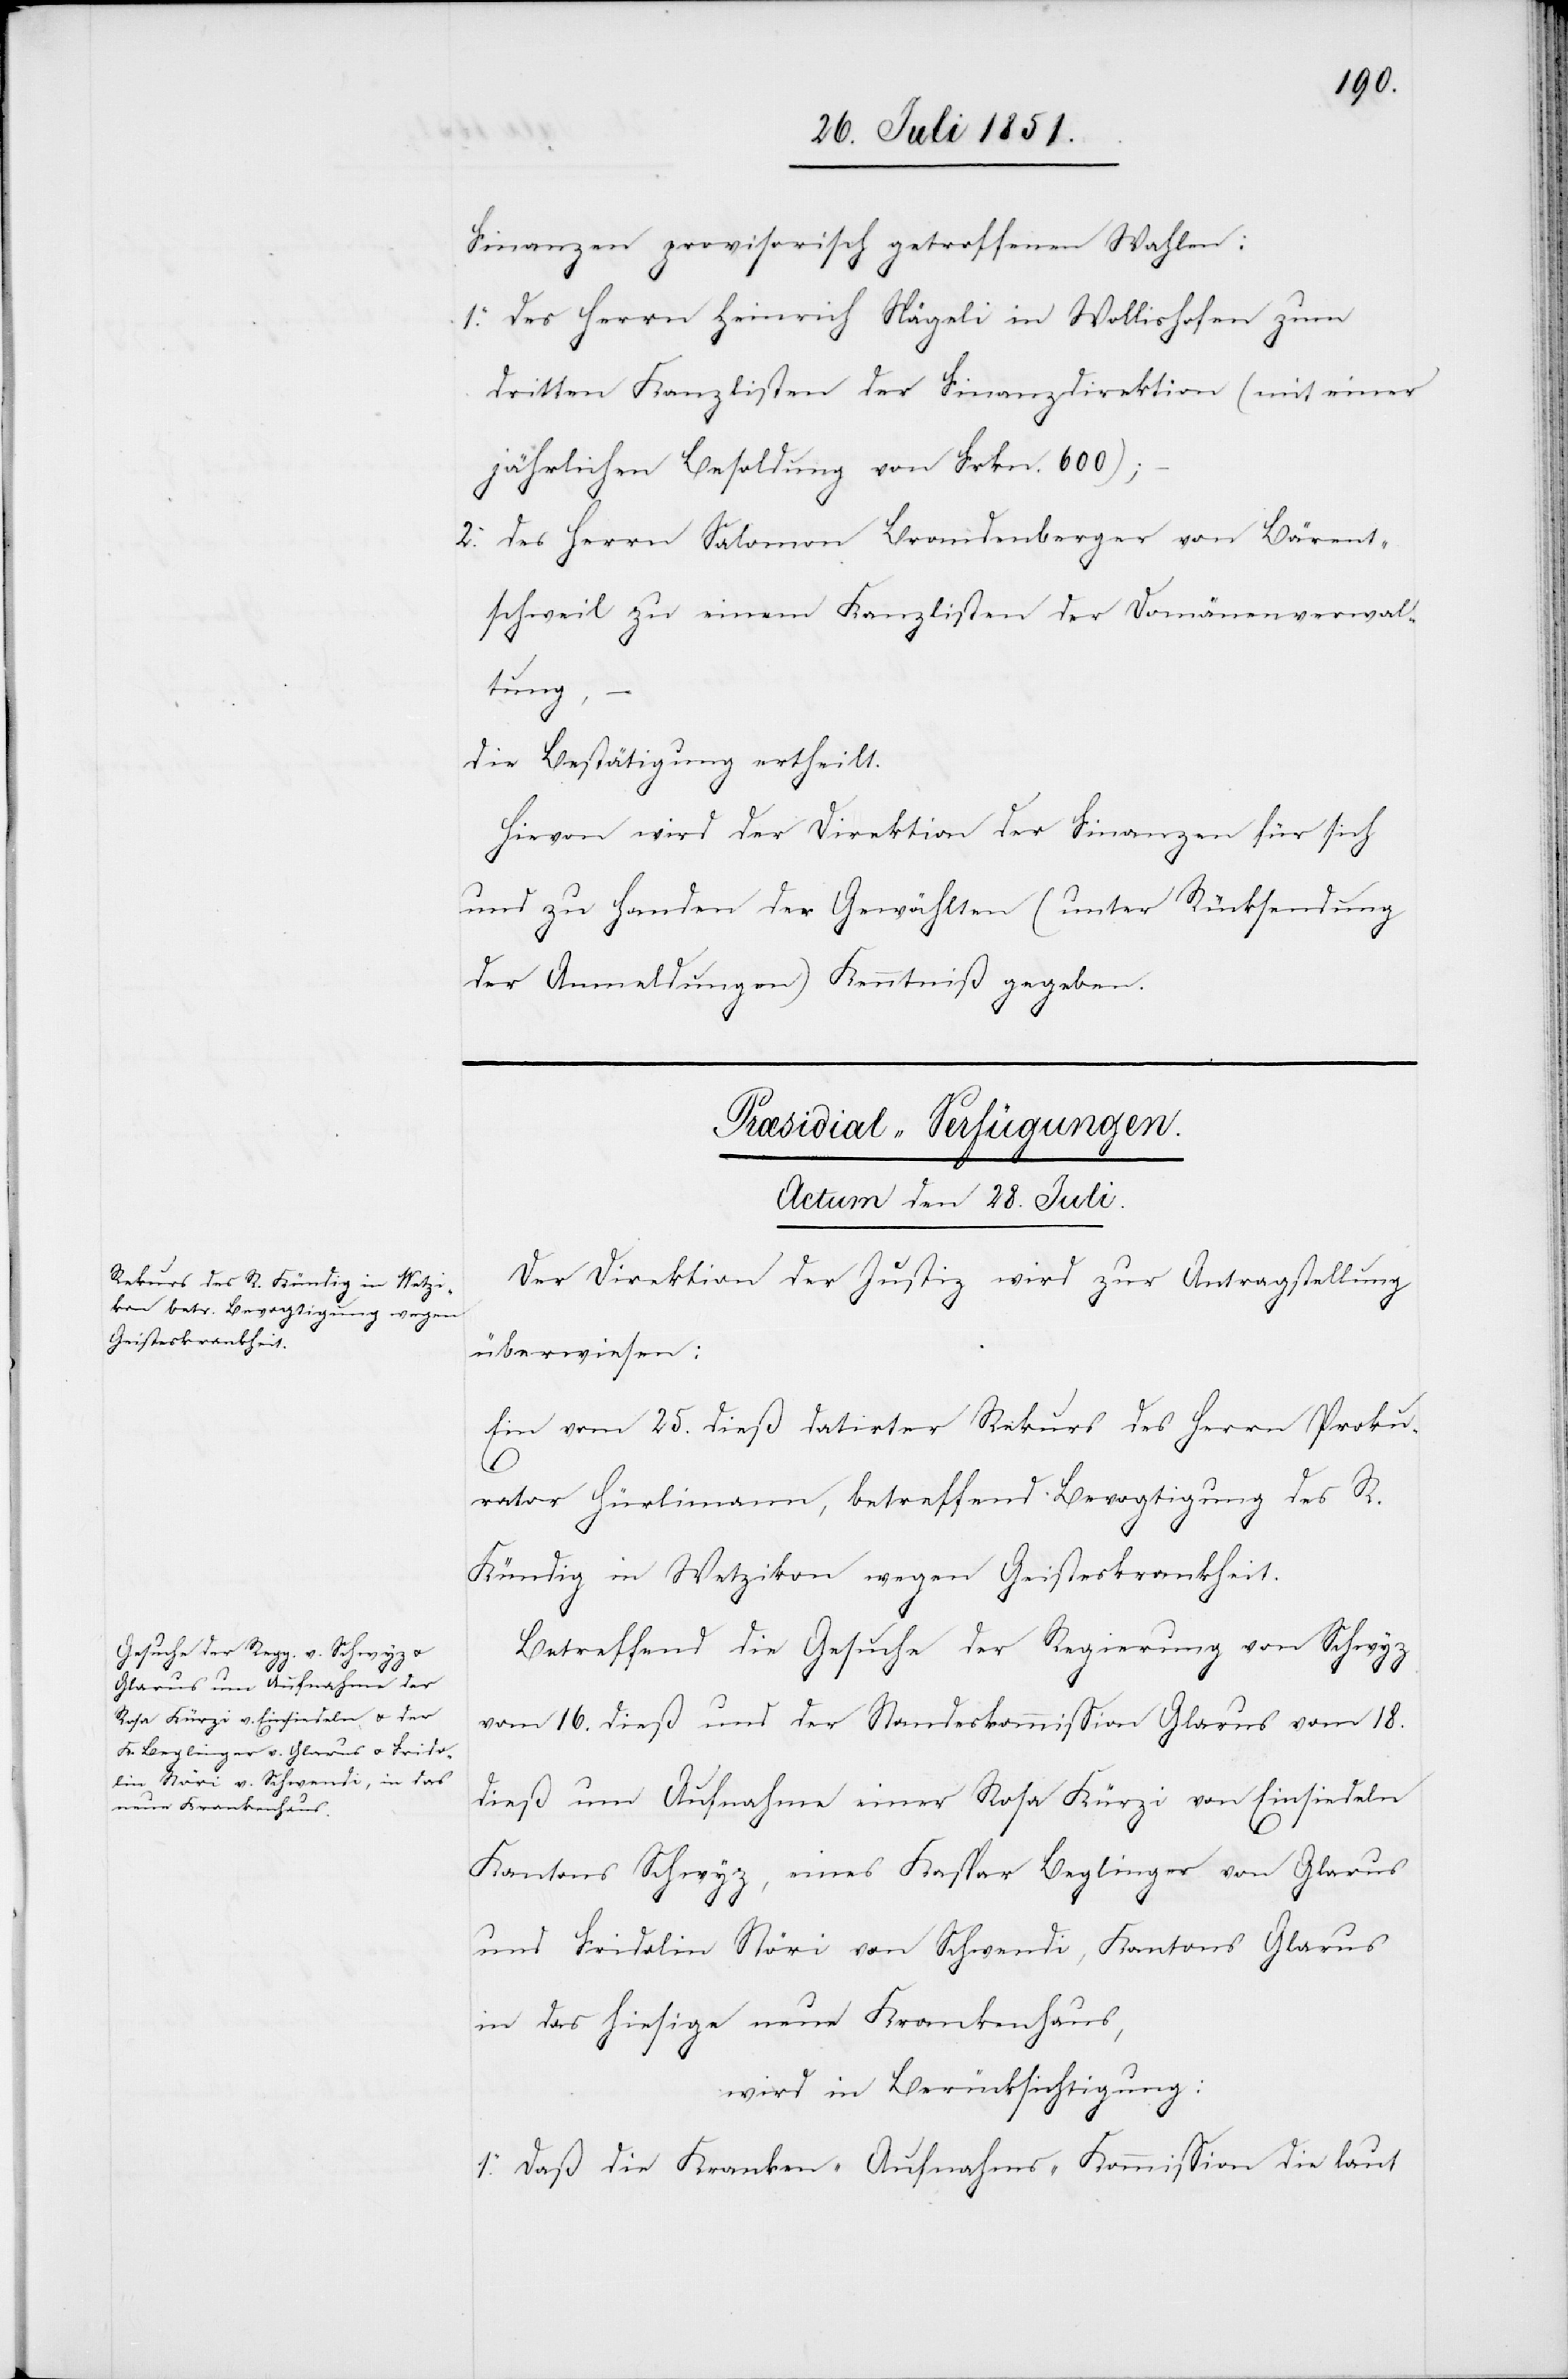
Finanzen provisorisch getroffenen Wahlen:
des Herrn Heinrich Nägeli in Wollishofen zum
dritten Kanzlisten der Finanzdirektion (mit einer
jährlichen Besoldung von Frkn. 600);
des Herrn Salomon Brandenberger von Bärent¬
schweil zu einem Kanzlisten der Domänenverwal¬
tung,
die Bestätigung ertheilt.
Hievon wird der Direktion der Finanzen für sich
und zu Handen der Gewählten (unter Rücksendung
der Anmeldungen) Kenntniß gegeben.
[Præsidial-Verfügungen.
Actum den 28. Juli.]
Der Direktion der Justiz wird zur Antragstellung
überwiesen:
Ein vom 25. dieß datirter Rekurs des Herrn Proku¬
2.
rator Hürlimann, betreffend Bevogtigung des R.
Kündig in Wetzikon wegen Geisteskrankheit.
Betreffend die Gesuche der Regierung von Schwyz
vom 16. dieß und der Standeskommission Glarus vom 18.
dieß um Aufnahme einer Rosa Kürzi von Einsiedeln
Kantons Schwyz, eines Kaspar Beglinger von Glarus
und Fridolin Störi von Schwendi, Kantons Glarus
in das hiesige neue Krankenhaus,
wird in Berücksichtigung:
1. Daß die Kranken-Aufnahms-Kommission die laut